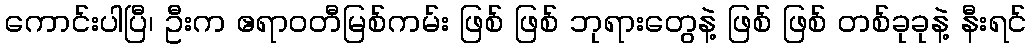
ကောင်းပါပြီ၊ ဦးက ဧရာဝတီမြစ်ကမ်း ဖြစ် ဖြစ် ဘုရားတွေနဲ့ ဖြစ် ဖြစ် တစ်ခုခုနဲ့ နီးရင်